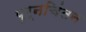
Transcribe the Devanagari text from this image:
पुर्नचिंतन